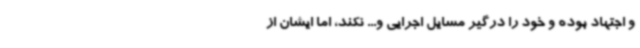
و اجتهاد بوده و خود را درگیر مسایل اجرایی و... نکند، اما ایشان از